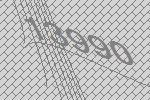
13990